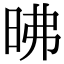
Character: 昲